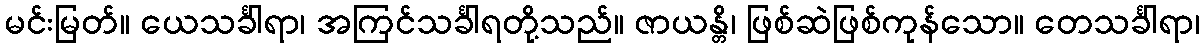
မင်းမြတ်။ ယေသင်္ခါရာ၊ အကြင်သင်္ခါရတို့သည်။ ဇာယန္တိ၊ ဖြစ်ဆဲဖြစ်ကုန်သော။ တေသင်္ခါရာ၊